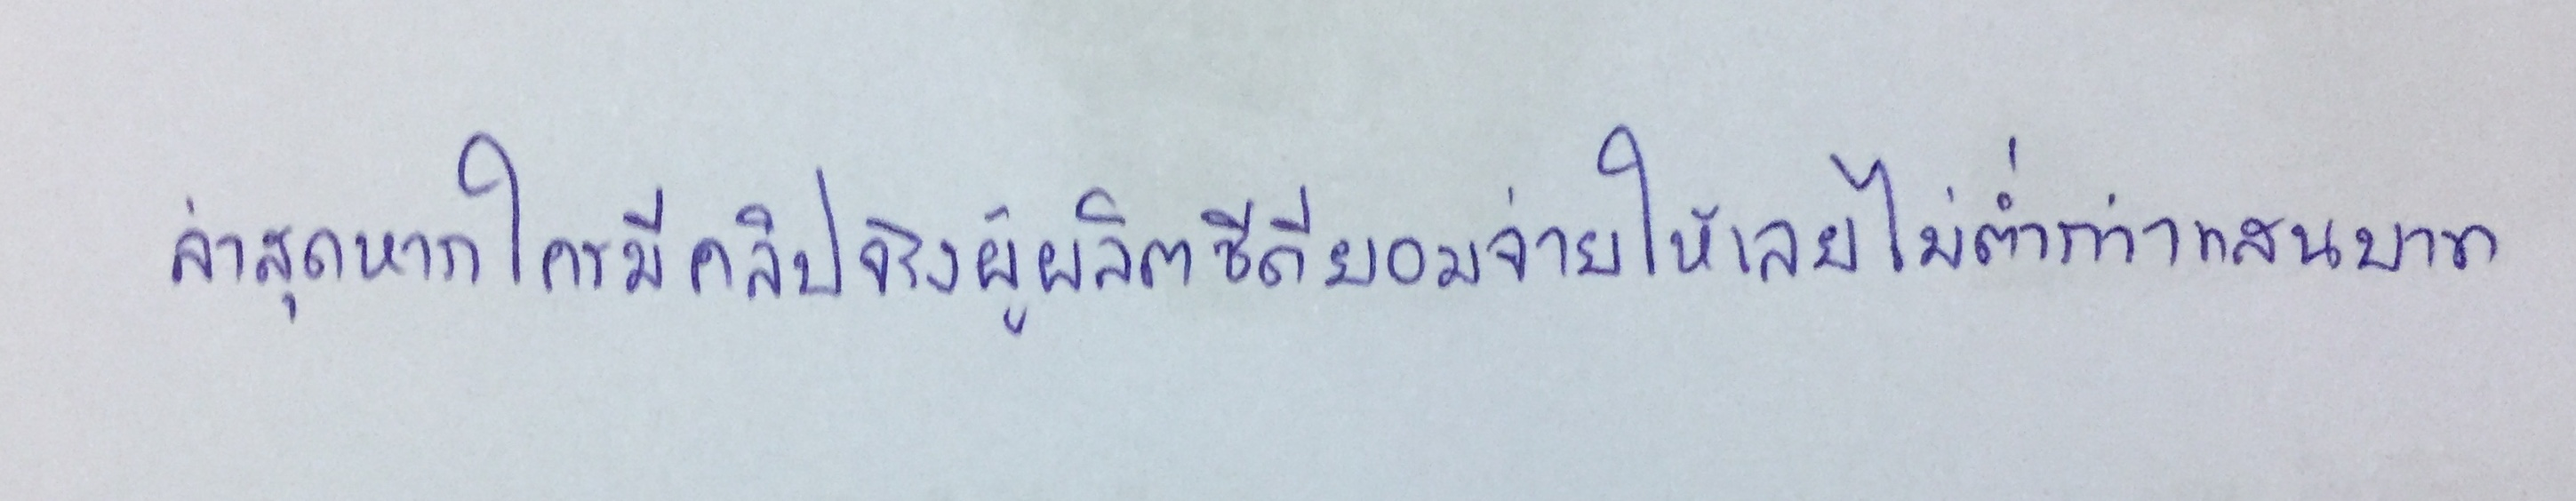
ล่าสุดหากใครมีคลิปจริงผู้ผลิตซีดียอมจ่ายให้เลยไม่ต่ำกว่าแสนบาท